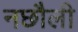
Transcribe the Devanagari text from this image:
नछौली